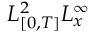
L _ { [ 0 , T ] } ^ { 2 } L _ { x } ^ { \infty }